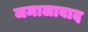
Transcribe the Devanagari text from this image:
जमालाबाद